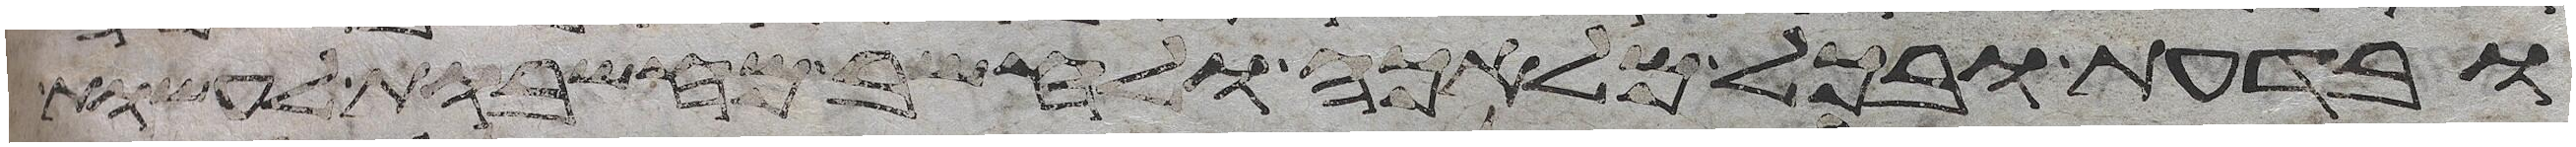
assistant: ובדעת ובכל מלאכה ולחשב מחשבות לעשות